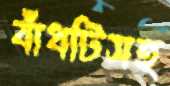
বাঁধটিসহ